Indian journal of veterinary science and animal husbandry - Volume 4,
Year: 1934
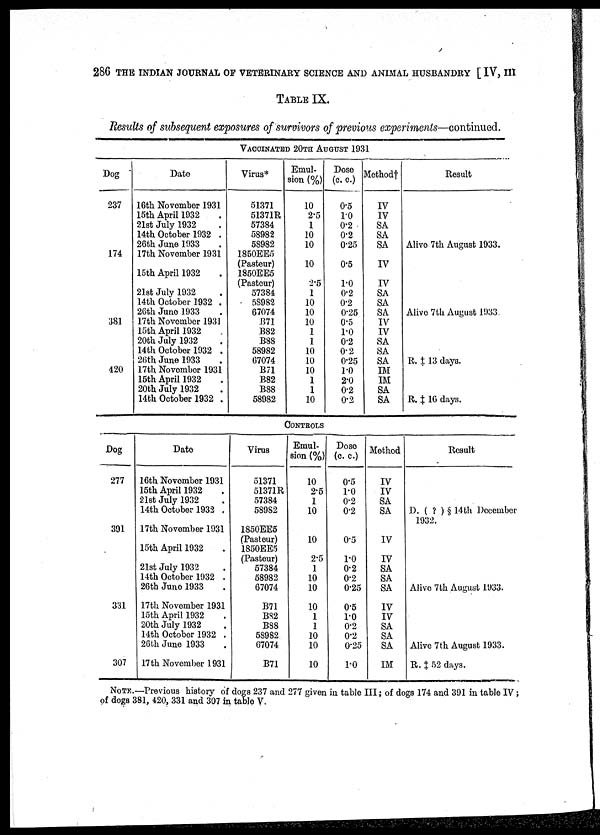
286 THE INDIAN JOURNAL OF VETERINARY SCIENCE AND ANIMAL HUSBANDRY [ IV, III
TABLE IX.
Results of subsequent exposures of survivors of previous experiments—continued.
Dog
237
174
381
420
Date
16th November 1931
15th April 1932
21st July 1932
14th October 1932 .
26th June 1933
17th November 1931
15th April 1932
21st July 1932
14th October 1932 .
26th June 1933
17th November 1931
15th April 1932
20th July 1932
14th October 1932 .
26th June 1933
17th November 1931
15th April 1932 .
20th July 1932 .
14th October 1932 .
VACCINATED 20TH AUGUST 1931
Virus*
51371
51371R
57384
58982
58982
1850EE5
(Pasteur)
1850EE5
(Pasteur)
57384
58982
67074
B71
B82
B88
58982
67074
B71
B82
B88
58982
Emul-
sion (%)
10
2.5
1
10
10
10
2.5
1
10
10
10
1
1
10
10
10
1
1
10
Dose
(c. c.)
0.5
1.0
0.2
0.2
0.25
0.5
1.0
0.2
0.2
0.25
0.5
1.0
0.2
0.2
0.25
1.0 2.0
0.2
0.2
Method†
IV
IV
SA
SA
SA
IV
IV
SA
SA
SA
IV
IV
SA
SA
SA
IM
IM
SA
SA
Result
Alive 7th August 1933.
Alive 7th August 1933.
R. ‡ 13 days.
R. ‡ 16 days.
CONTROLS
Dog
277
391
331
307
Date
16th November 1931
15th April 1932
21st July 1932
14th October 1932 .
17th November 1931
15th April 1932
21st July 1932
14th October 1932 .
26th June 1933
17th November 1931
15th April 1932
20th July 1932
14th October 1932 .
26th June 1933
17th November 1931
Virus
51371
51371R
57384
58982
1850EE5
(Pasteur)
1850EE5
(Pasteur)
57384
58982
67074
B71
B82
B88
58982
67074
B71
Emul-
sion (%)
10
2.5
1
10
10
2.5
1
10
10
10
1
1
10
10
10
Dose
(c. c.)
0.5
1.0 0.2
0.2
0.5
1.0
0.2
0.2
0.25
0.5
1.0 0.2
0.2
0.25
1.0
Method
IV
IV
SA
SA
IV
IV
SA
SA
SA
IV
IV
SA
SA
SA
IM
Result
D. ( ? ) § 14 th December
1932.
Alive 7 th August 1933.
Alive 7th August 1933.
R. ‡ 52 days.
NOTE.—Previous history of dogs 237 and 277 given in table III; of dogs 174 and 391 in table IV ;
of dogs 381, 420, 331 and 307 in table V.